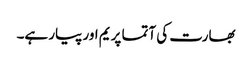
بھارت کی آتما پریم اور پیار ہے۔